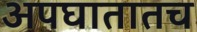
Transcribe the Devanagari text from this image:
अपघातातच